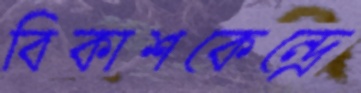
বিকাশকেন্দ্রে